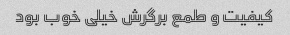
کیفیت و طمع برگرش خیلی خوب بود